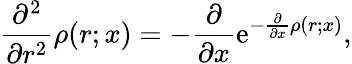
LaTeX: \frac{\partial^{2}}{\partial r^{2}}\rho(r;x)=-\frac{\partial}{\partial x}\mathrm{e}^{-\frac{\partial}{\partial x}\rho(r;x)},